[Report on the health of British troops in the Madras command]
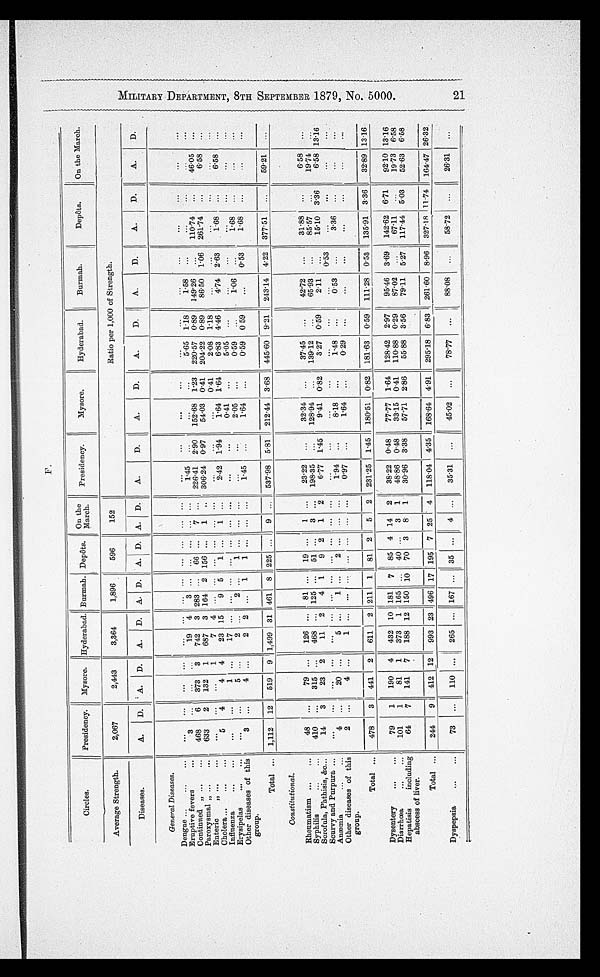
F .
C i r c l e s .
Presidency.
Mysore.
Hyderabad. Burmah, Depots.
O n t h e M a r c h .
Presidency.
Mysore.
Hyderabad.
Burmah.
Depôts.
On the March.
Average Strength.
2,067
2,443
3,364
1,896
596
152
Ratio per 1,000 of Strength.
Di s e a s e s .
A .
D.
A.
D.
A.
D.
A. D . A. D . A. D .
A.
D.
A.
D.
A .
D. i A. D.
A.
D.
A.
D .
General Diseases.
Den g u
..•
Eruptive fevers
Continued „ ..,
468
.6
373
. 3
742
3 283 .
66
. .
7
145
226.41 2..9.0 15
. 2 . 6 8 1.2 . 3
.5.65
22.57
11.8
0.89
1.58
149.26
11074
. . .
6.05
Paroxysmal „ ..,
633
.2
132
1
687
3 164 2 156
1
306.24 0.97
54.03 0.41 204.22 0.89
86.50 106 261.74
6.58
Enteric
„
I
. •
1
7
4
0.41
2.08 1.18
Cholera
5
4
4
4
23 15
9 5
1
.
1
242 1.9.4
1.64 1.64
6.83 4.46
. 4 7 4 26 . 3
1.68
. 6 . 5 8
Influenza
1
17
•..
041
5.05
Erysipelas
. .
5
2
2 . .
1
. .
2.05
0.59
. .
1.06
..
F68
Other diseases of this
group.
3
4
1.45
1.64
0.59 0 59
0.5.3 1.68
Total
1,112
12
519
9 1,499 31 461 8 225
53798 5.81 212.44 3.68 445.60 9.21
243.14 4.22 377.51
59.21
Constitutional.
Rheumatism
Syphilis
. .
48
410
79
315
.
126
468
. .
81..
125 .
19 . .
51 . .
1
3
..,
23.22
19.35
32.34
128.94
37.45
139.12
42.72
65.93
31.88
85.57
6.58
19.74
Scrofula, Phthisis, &c
14
3
23
2
11
2
4 1
9 2
1
6.77 1.4.5
9.41
0 5 . 9
0 . 2
8 2
3.27
2.11
15.10 3..3.6 6.58
1316
Scurvy and Purpura
•
.
0..5.3
Anæmia
4
.20 .
5
1
2
1.94
8.18
1.48
. 0 .
• 53
3.36
Other diseases of this
group.
2
4
1
0.97
1.64
0.29
. . ,
Total
478
3
1 4 4 1 2
611
2 211 1
81 2
5
2 231.25 145 180.51 0.82 181.63 0.59 111.28 0.53
135.91 3.36
32'89 13.16
1
I
Dysentery
.
79
1
190
4
432 10 181
7 I 85 4 14 2 38.22 0.48
7.77 1.6.1
12842 2.97
95.46 3.69
142.62 6.71
92.10 1310
Diarrhcea
. .
101
1
81
1
373
1 165
40 .
. .
3
1
48.86 0.48
33.15 0.41
110.88 0.29
87.02
67.11
19.73 6.58
Hepatisis
including
64
7
141
7
188 12 150 10 70 3
8
1
30.96 3.38
57.71 2.86
55.88 3.56
79.11 5.27 117.44 5.03
52'63 6.58
abscess of liver.
1 1
Total
Dyspepsia
244
9 I 412 12
993 23 496 17 195 7 25 ' 4 11.04 4.35 168.64 4.91
295.18 6.83
261.60 8.96 327.18 11.74 164.47 26.32
110
265
167
35
4
35.31
45.02
78'77
88.08
58.72
26.31